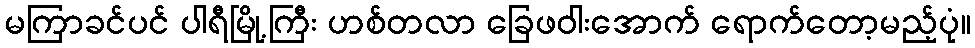
မကြာခင်ပင် ပါရီမြို့ကြီး ဟစ်တလာ ခြေဖဝါးအောက် ရောက်တော့မည့်ပုံ။